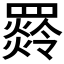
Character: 𦌣